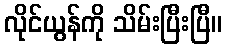
လိုင်ယွန်ကို သိမ်းပြီးပြီ။